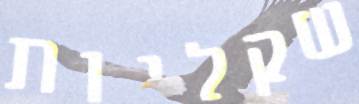
שקליות